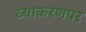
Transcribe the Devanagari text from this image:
व्याकरणपर